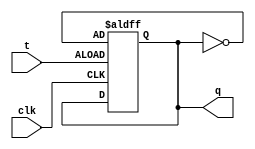
module t_ff (
    input wire clk,
    input wire t,
    output reg q
);

always @(posedge clk or posedge t)
begin
    if (t)
        q <= ~q;
end

endmodule